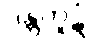
ဒန္တကူဋံ